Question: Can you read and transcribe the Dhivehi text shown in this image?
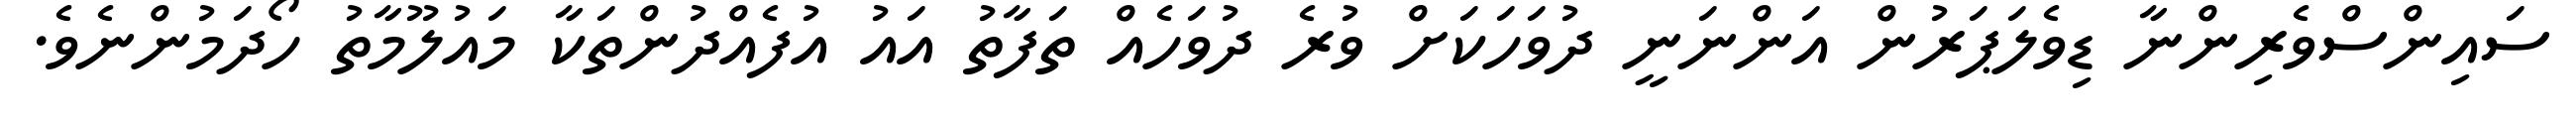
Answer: ސައިންސްވެރިންނާ ޑިވެލަޕަރުން އަންނަނީ ދުވަހަކަށް ވުރެ ދުވަހެއް ތަފާތު އައު އުފެއްދުންތަކާ މައުލޫމާތު ހޯދަމުންނެވެ.